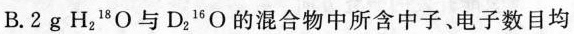
B. 2g H_{2} 18\mathrm{O} 与D_{2}16\mathrm{O}的混合物中所含中子、电子数目均